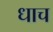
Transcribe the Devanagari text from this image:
धाच